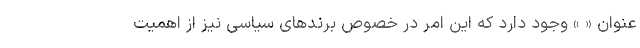
عنوان « » وجود دارد که این امر در خصوصِ برندهای سیاسی نیز از اهمّیت